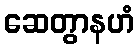
ဆေတွာနဟံ